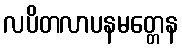
လပိတလာပနမတ္တေန